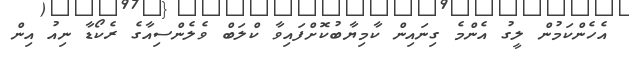
އެހެންކަމުން ލީގު އެންމެ ގިނައިން ކާމިޔާބުކޮށްފައިވާ ކްލަބް ވެލެންސިއާގެ ރެކޯޑާ ނިއު އިން